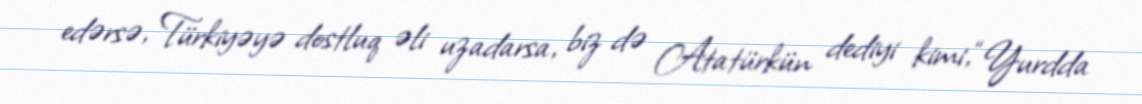
edərsə, Türkiyəyə dostluq əli uzadarsa, biz də Atatürkün dediyi kimi, “Yurdda